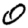
Digit: 0